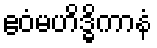
ဧဝံမဟိဒ္ဓိကာနံ